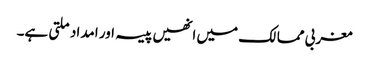
مغربی ممالک میں انھیں پیسہ اور امداد ملتی ہے۔